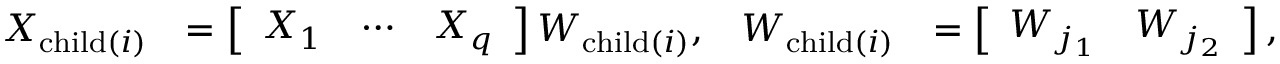
\begin{array} { r l r l } { X _ { \operatorname { c h i l d } ( i ) } } & { = \left[ \begin{array} { l l l } { X _ { 1 } } & { \cdots } & { X _ { q } } \end{array} \right] W _ { \operatorname { c h i l d } ( i ) } , } & { W _ { \operatorname { c h i l d } ( i ) } } & { = \left[ \begin{array} { l l } { W _ { j _ { 1 } } } & { W _ { j _ { 2 } } } \end{array} \right] , } \end{array}